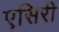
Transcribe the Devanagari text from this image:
एसिरी